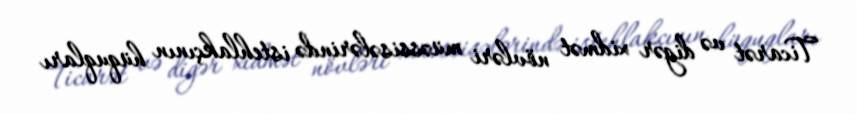
Ticarət və digər xidmət növləri müəssisələrində istehlakçının hüquqları